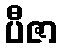
ပီဇာ